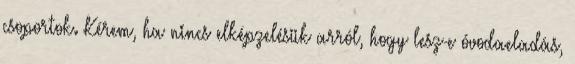
csoportok. Kérem, ha nincs elképzelésük arról, hogy lesz-e óvodaeladás,